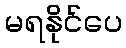
မရနိုင်ပေ